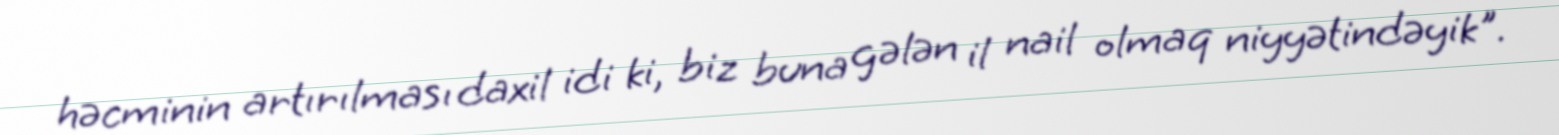
həcminin artırılması daxil idi ki, biz buna gələn il nail olmaq niyyətindəyik".